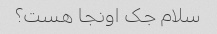
سلام جک اونجا هست؟